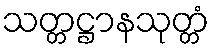
သတ္တဋ္ဌာနသုတ္တံ